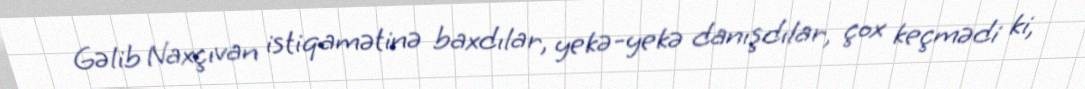
Gəlib Naxçıvan istiqamətinə baxdılar, yekə-yekə danışdılar, çox keçmədi ki,